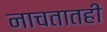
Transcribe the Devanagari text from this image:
नाचतातही